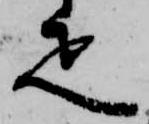
疋